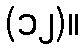
(၁၂)။